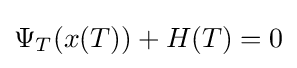
\Psi _{T}(x(T))+H(T)=0